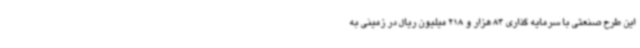
این طرح صنعتی با سرمایه گذاری 84 هزار و 218 میلیون ریال در زمینی به